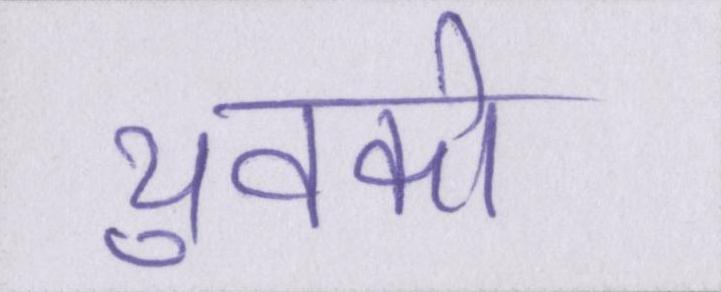
युवको